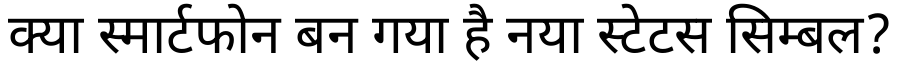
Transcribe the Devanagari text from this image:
क्या स्मार्टफोन बन गया है नया स्टेटस सिम्बल?